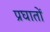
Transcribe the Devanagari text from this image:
प्रघातों